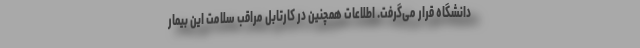
دانشگاه قرار می‌گرفت. اطلاعات همچنین در کارتابل مراقب سلامت این بیمار